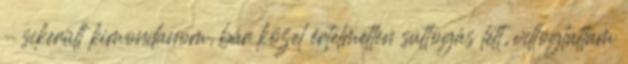
– sikerült kimondanom, bár közel értelmetlen suttogás lett, villogtattam